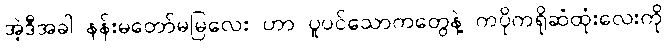
အဲ့ဒီအခါ နန်းမတော်မမြလေး ဟာ ပူပင်သောကတွေနဲ့ ကပိုကရိုဆံထုံးလေးကို